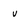
Character: v